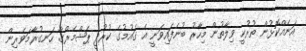
އަނެއްކޮޅުން ތުރުކީ ވިލާތުން މިހާރު ބުނެފައިވަނީ އެ ގައުމުގެ ކުރުދީ ޕެޝްމެރްގާ ހަނގުރާމަވެރިން